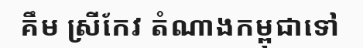
គឹម ស្រីកែវ តំណាងកម្ពុជាទៅ